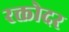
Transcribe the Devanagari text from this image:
रक्तोदर